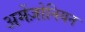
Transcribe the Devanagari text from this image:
अमेंज़ोनियन